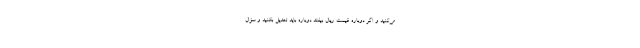
می‌کنید و اگر دوباره قیمت ریال بیفتد دوباره باید تعدیل بکنید و سؤال